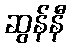
ဆွန်နီ